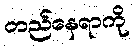
တည်နေရာကို